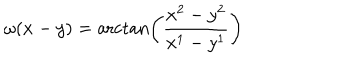
\omega ( x - y ) = \operatorname { a r c t a n } \left( \frac { x ^ { 2 } - y ^ { 2 } } { x ^ { 1 } - y ^ { 1 } } \right)